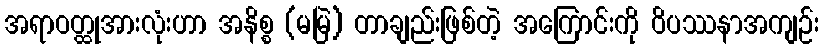
အရာဝတ္ထုအားလုံးဟာ အနိစ္စ (မမြဲ) တာချည်းဖြစ်တဲ့ အကြောင်းကို ဝိပဿနာအကျဉ်း